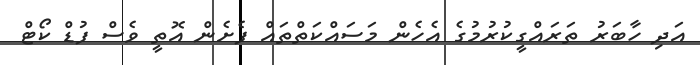
އަދި ހާބަރު ތަރައްގީކުރުމުގެ އެހެން މަސައްކަތްތައް ފެށެން އޮތީ ވެސް ފުޑް ކޯޓް